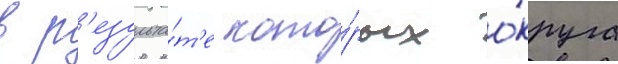
в р'езульта́т'е кото́рых о́круга